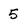
Character: 5